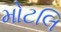
મોટલિ